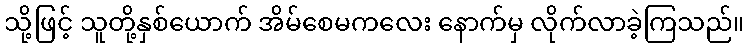
သို့ဖြင့် သူတို့နှစ်ယောက် အိမ်စေမကလေး နောက်မှ လိုက်လာခဲ့ကြသည်။